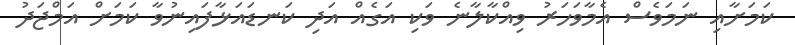
ކަމަށާއި ނަމަވެސް އެމާވަހަރު ވިއްކާލާނެ ވަކި އަގެއް އަދި ކަނޑައަޅާފައިނުވާ ކަމަށް އަމްޖަދު